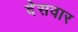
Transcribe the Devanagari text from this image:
देसवार